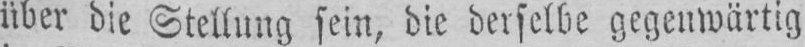
über die Stellung sein, die derselbe gegenwärtig